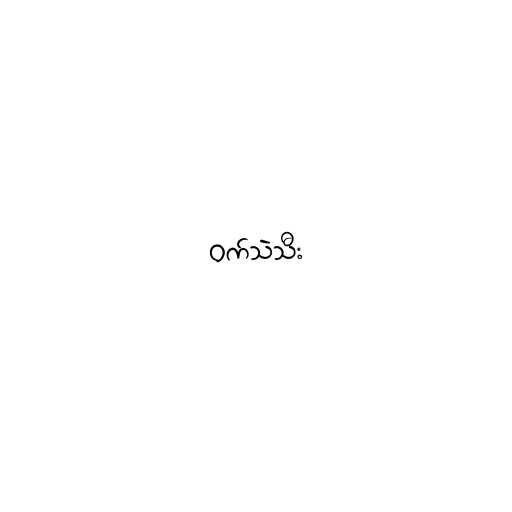
ဝက်သဲသီး